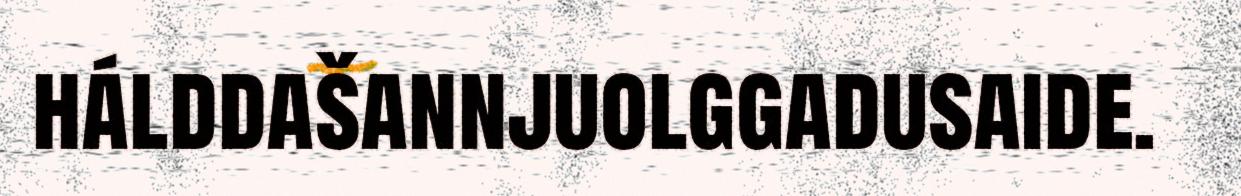
hálddašannjuolggadusaide.